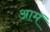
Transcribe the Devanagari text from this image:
आमॅ